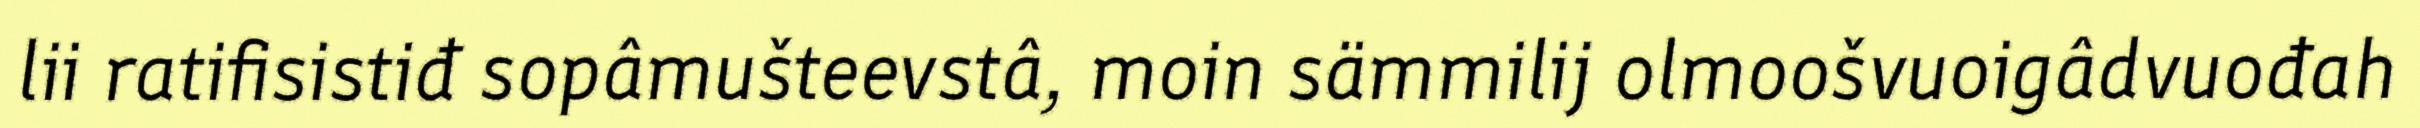
lii ratifisistiđ sopâmušteevstâ, moin sämmilij olmoošvuoigâdvuođah